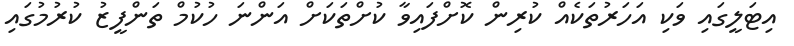
އިޓަލީގައި ވަކި އަހަރުތަކެއް ކުރިން ކޮށްފައިވާ ކުށްތަކަށް އަންނަ ހުކުމް ތަންފީޒު ކުރުމުގައި